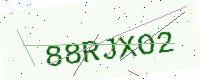
Text: 88RJXO2